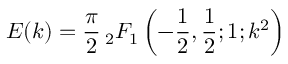
E ( k ) = { \frac { \pi } { 2 } } \, _ { 2 } F _ { 1 } \left( - { \frac { 1 } { 2 } } , { \frac { 1 } { 2 } } ; 1 ; k ^ { 2 } \right)